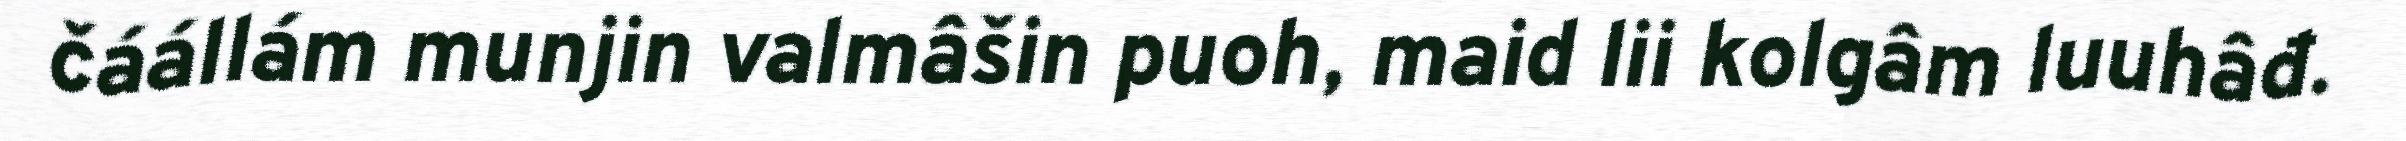
čáállám munjin valmâšin puoh, maid lii kolgâm luuhâđ.